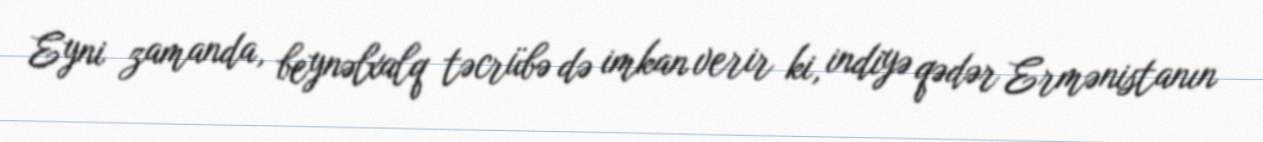
Eyni zamanda, beynəlxalq təcrübə də imkan verir ki, indiyə qədər Ermənistanın